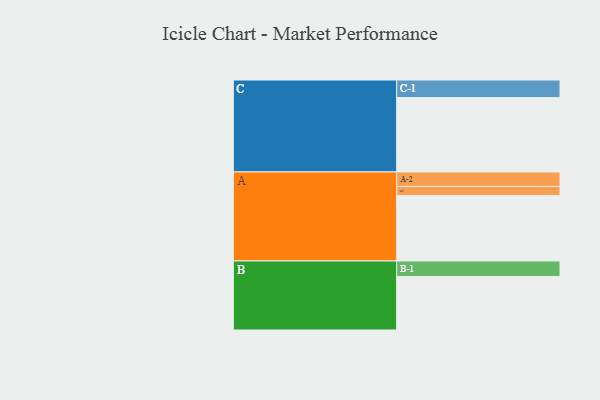
{"axis": {"x": "Segment", "y": "Value"}, "legend": ["", "A", "B", "C"], "data": [{"x": "A", "y": 469, "type": ""}, {"x": "B", "y": 383, "type": ""}, {"x": "C", "y": 532, "type": ""}, {"x": "A-1", "y": 64, "type": "A"}, {"x": "A-2", "y": 104, "type": "A"}, {"x": "B-1", "y": 111, "type": "B"}, {"x": "C-1", "y": 126, "type": "C"}]}